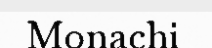
Monachi